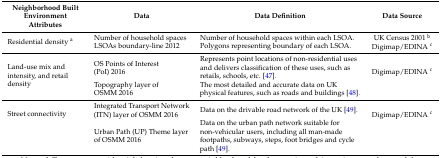
<table><thead><tr><td><b>Neighborhood Built Environment Attributes</b></td><td><b>Data</b></td><td><b>Data Definition</b></td><td><b>Data Source</b></td></tr></thead><tbody><tr><td rowspan="2">Residential density <sup>a</sup></td><td>Number of household spaces </td><td>Number of household spaces within each LSOA. </td><td rowspan="2">UK Census 2001 <sup>b</sup> Digimap/EDINA <sup>c</sup></td></tr><tr><td>LSOAs boundary-line 2012</td><td>Polygons representing boundary of each LSOA.</td></tr><tr><td rowspan="2">Land-use mix and intensity, and retail density</td><td>OS Points of Interest (PoI) 2016 </td><td>Represents point locations of non-residential uses and delivers classification of these uses, such as retails, schools, etc. [47]. </td><td rowspan="2">Digimap/EDINA <sup>c</sup></td></tr><tr><td>Topography layer of OSMM 2016 </td><td>The most detailed and accurate data on UK physical features, such as roads and buildings [48].</td></tr><tr><td rowspan="2">Street connectivity</td><td>Integrated Transport Network (ITN) layer of OSMM 2016 </td><td>Data on the drivable road network of the UK [49]. </td><td rowspan="2">Digimap/EDINA <sup>c</sup></td></tr><tr><td>Urban Path (UP) Theme layer of OSMM 2016</td><td>Data on the urban path network suitable for non-vehicular users, including all man-made footpaths, subways, steps, foot bridges and cycle path [49].</td></tr></tbody></table>